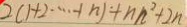
2 ( 1 + 2 \cdots + n ) + n n ^ { 2 } + 2 n